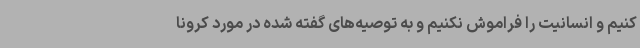
کنیم و انسانیت را فراموش نکنیم و به توصیه‌های گفته شده در مورد کرونا